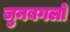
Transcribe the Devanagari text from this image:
जुनबगलों